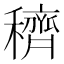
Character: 穧